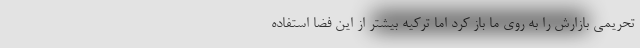
تحریمی بازارش را به روی ما باز کرد اما ترکیه بیشتر از این فضا استفاده